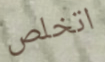
اتخلص